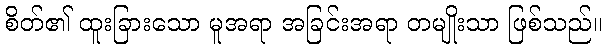
စိတ်၏ ထူးခြားသော မူအရာ အခြင်းအရာ တမျိုးသာ ဖြစ်သည်။